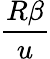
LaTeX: \frac{R\beta}{u}